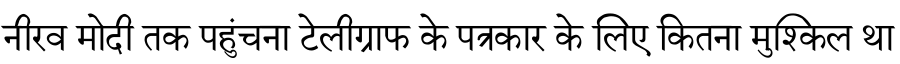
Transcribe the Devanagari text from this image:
नीरव मोदी तक पहुंचना टेलीग्राफ के पत्रकार के लिए कितना मुश्किल था